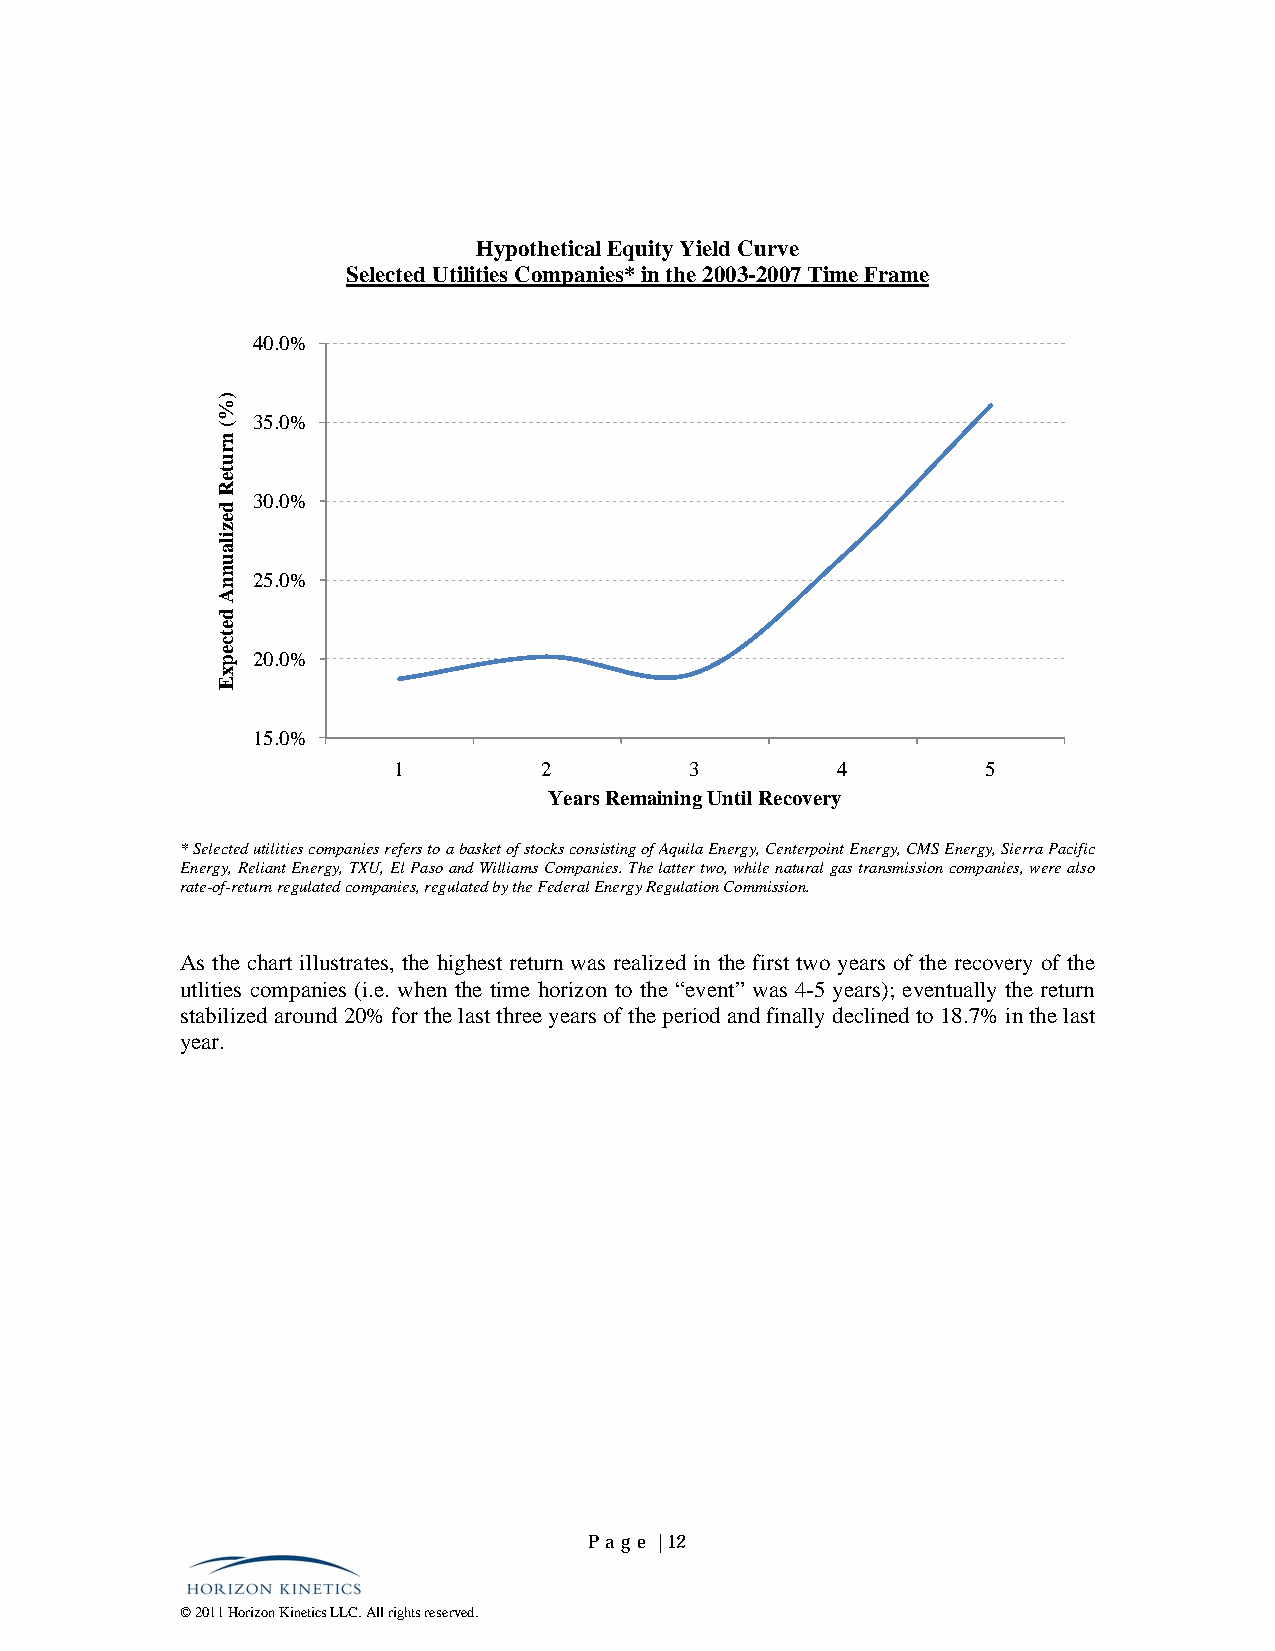
Hypothetical Equity Yield Curve
 Selected Utilities Companies* in the 2003-2007 Time Frame
 40.0%
 35.0%
 30.0%
 25.0%
 20.0%
 15.0%
 1         2         3        4         5
 Years Remaining Until Recovery
 * Selected utilities companies refers to a basket of stocks consisting of Aquila Energy, Centerpoint Energy, CMS Energy, Sierra Pacific
 Energy, Reliant Energy, TXU, El Paso and Williams Companies. The latter two, while natural gas transmission companies, were also
 rate-of-return regulated companies, regulated by the Federal Energy Regulation Commission.
 As the chart illustrates, the highest return was realized in the first two years of the recovery of the
 utlities companies (i.e. when the time horizon to the “event” was 4-5 years); eventually the return
 stabilized around 20% for the last three years of the period and finally declined to 18.7% in the last
 year.
 Pa ge | 12
 © 2011 Horizon Kinetics LLC. All rights reserved.
 )%(
 nruteR
 dezilaunnA
 detcepxE